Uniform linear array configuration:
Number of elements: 16
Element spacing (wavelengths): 0.75
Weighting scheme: exponential
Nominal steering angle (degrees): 15
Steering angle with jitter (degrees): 16.999
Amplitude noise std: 0.05
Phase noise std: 0.05

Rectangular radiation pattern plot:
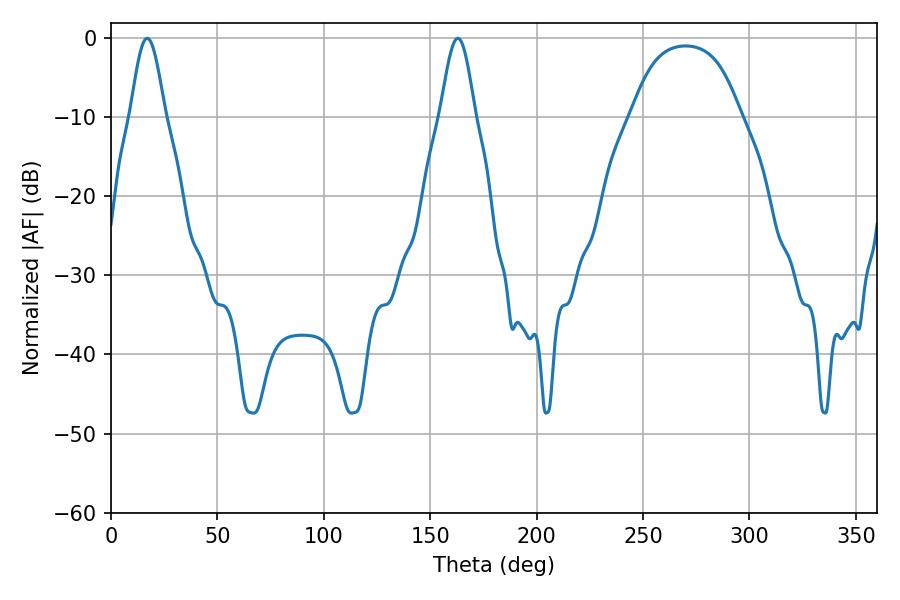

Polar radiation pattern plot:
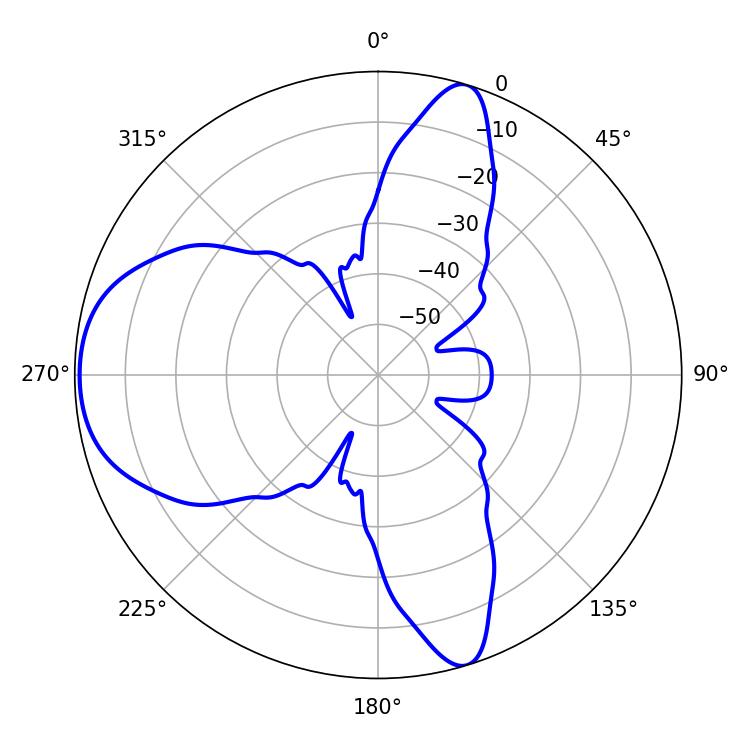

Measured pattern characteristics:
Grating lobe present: TRUE
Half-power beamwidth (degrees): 8.64
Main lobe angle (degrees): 17.1